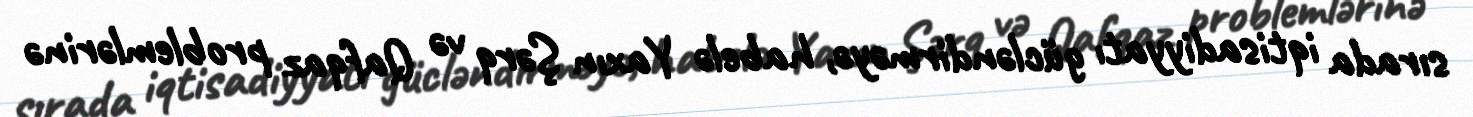
sırada iqtisadiyyatı gücləndirməyə, habelə Yaxın Şərq və Qafqaz problemlərinə